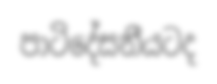
පාටිදේසනීයටද